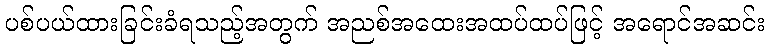
ပစ်ပယ်ထားခြင်းခံရသည့်အတွက် အညစ်အထေးအထပ်ထပ်ဖြင့် အရောင်အဆင်း